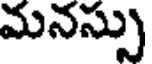
మనస్సు